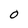
Character: O